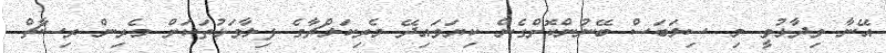
އޭނާ ވިދާޅުވީ މި ސިލަބަސް ބޭނުންކޮށްގެން ކިޔަވައިދޭ މެރިކަލްޗާގެ ފިލާވަޅުތަކަށް މެރިން ރިސާޗް